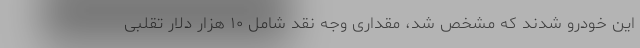
این خودرو شدند که مشخص شد، مقداری وجه نقد شامل ۱۰ هزار دلار تقلبی